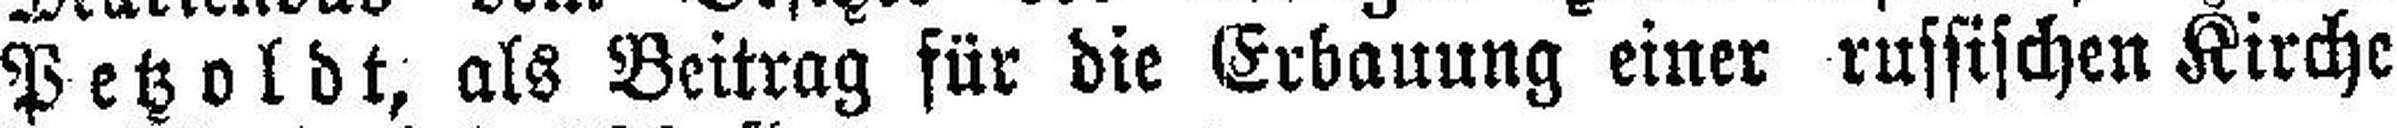
Petzoldt, als Beitrag für die Erbauung einer russischen Kirche